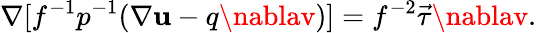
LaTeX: \nabla[f^{-1}p^{-1}(\nabla\mathbf{u}-q\nablav)]=f^{-2}\vec{{\tau}}\nablav.